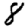
Digit: 8